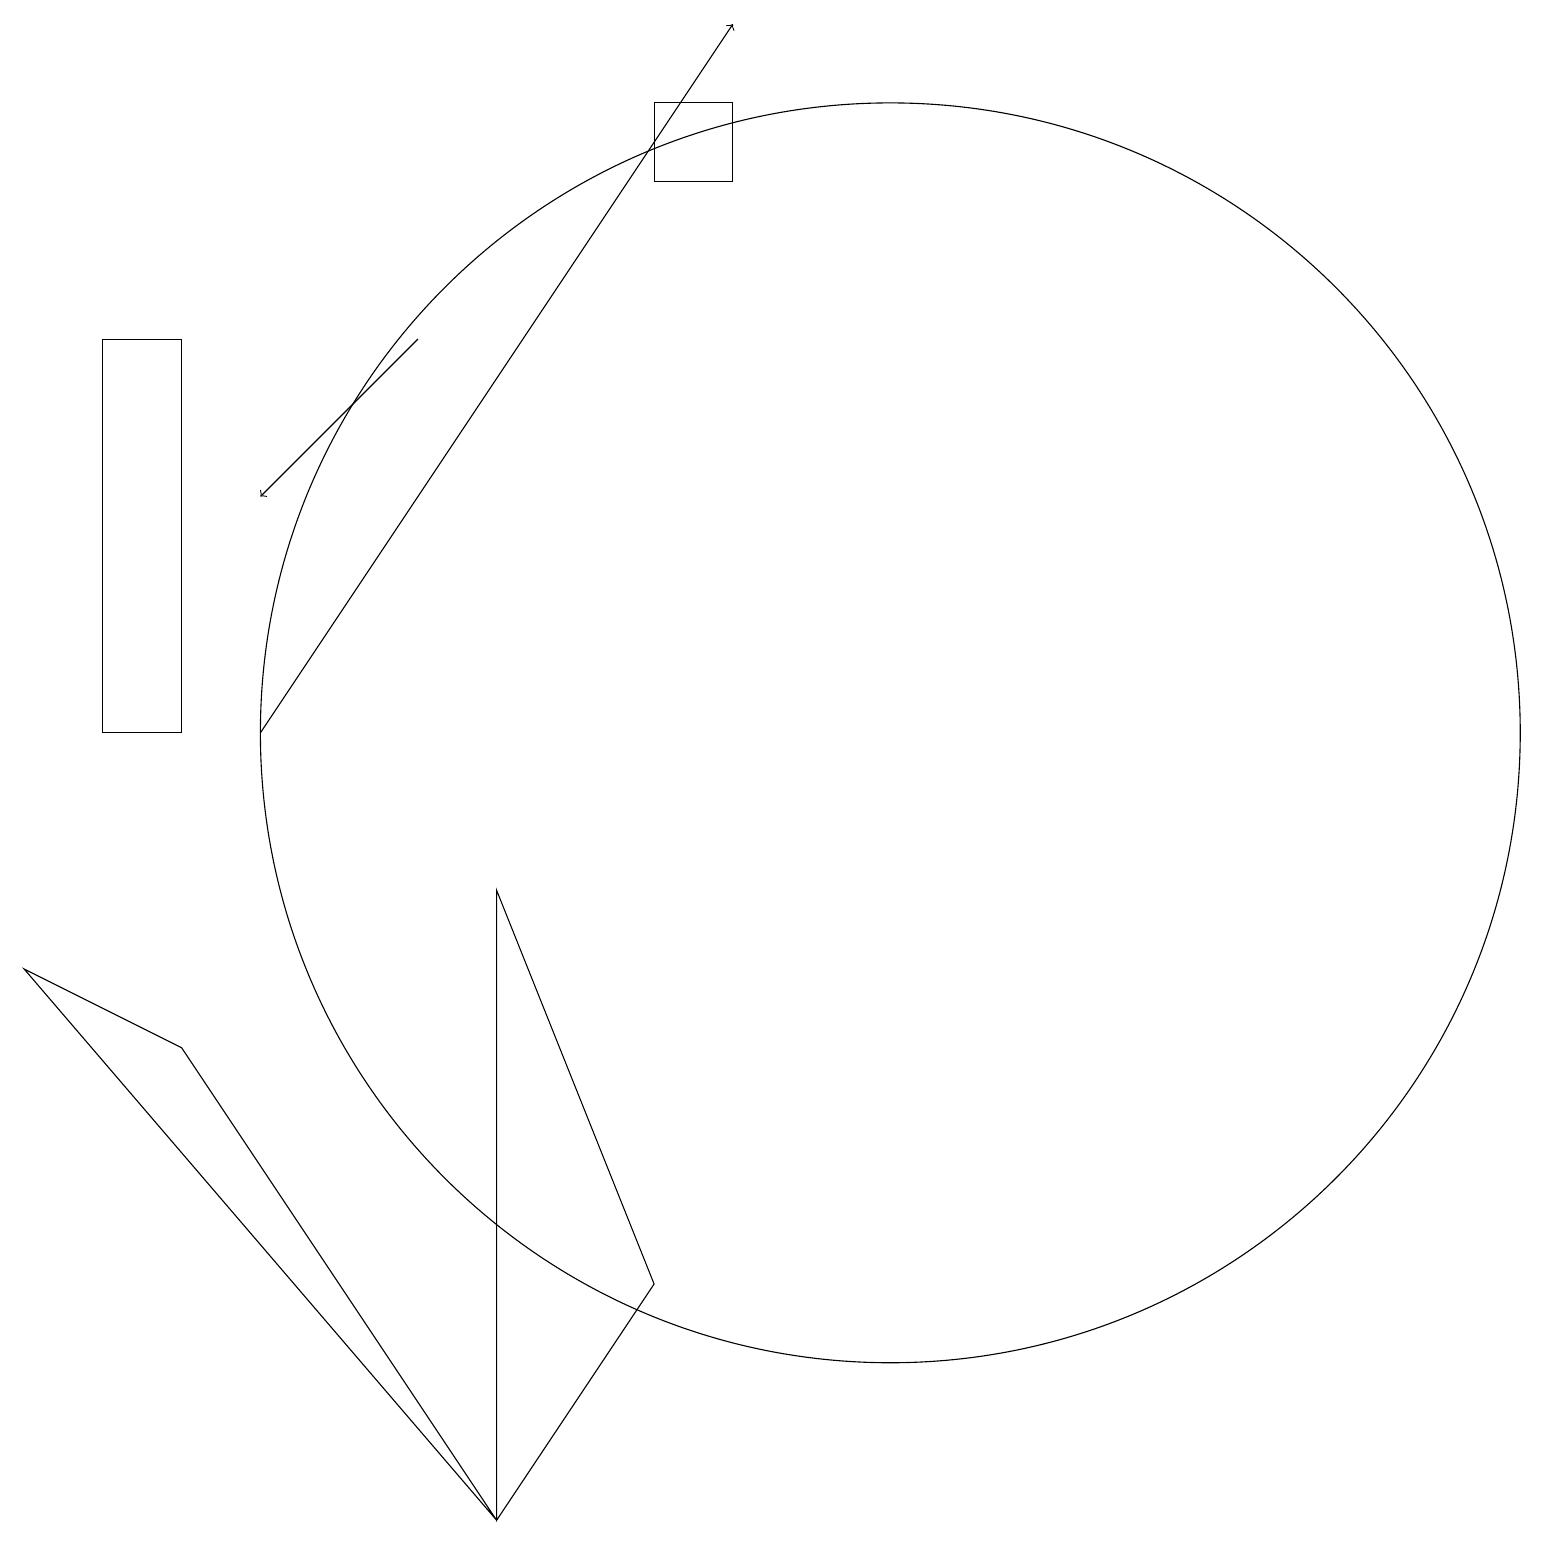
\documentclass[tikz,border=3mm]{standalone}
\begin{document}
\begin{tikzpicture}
\draw (11,10) circle (8);
\draw (6,0) -- (2,6) -- (0,7) -- cycle;
\draw[->] (5,15) -- (3,13);
\draw (2,10) rectangle (1,15);
\draw (6,0) -- (6,8) -- (8,3) -- cycle;
\draw (9,17) rectangle (8,18);
\draw[->] (3,10) -- (9,19);
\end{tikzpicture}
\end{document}